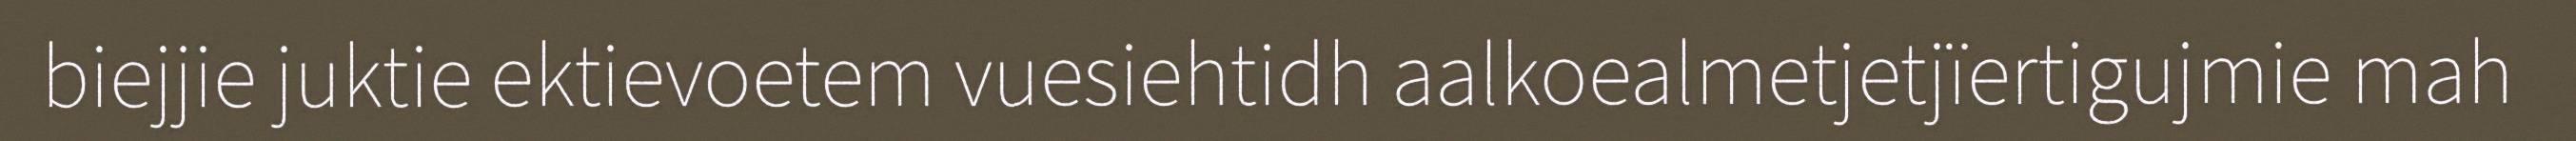
biejjie juktie ektievoetem vuesiehtidh aalkoealmetjetjïertigujmie mah